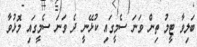
ބަލިވާ ޓީމު ތިން ވަނަ ސެމީގައި ކުޅޭނީ ދެ ވަނަ ސެމީގައި މޮޅުވާ